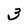
Character: 3